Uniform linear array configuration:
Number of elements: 12
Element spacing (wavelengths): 0.5
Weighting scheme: hann
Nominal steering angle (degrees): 45
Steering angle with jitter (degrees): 43.173
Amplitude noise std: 0.05
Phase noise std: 0.05

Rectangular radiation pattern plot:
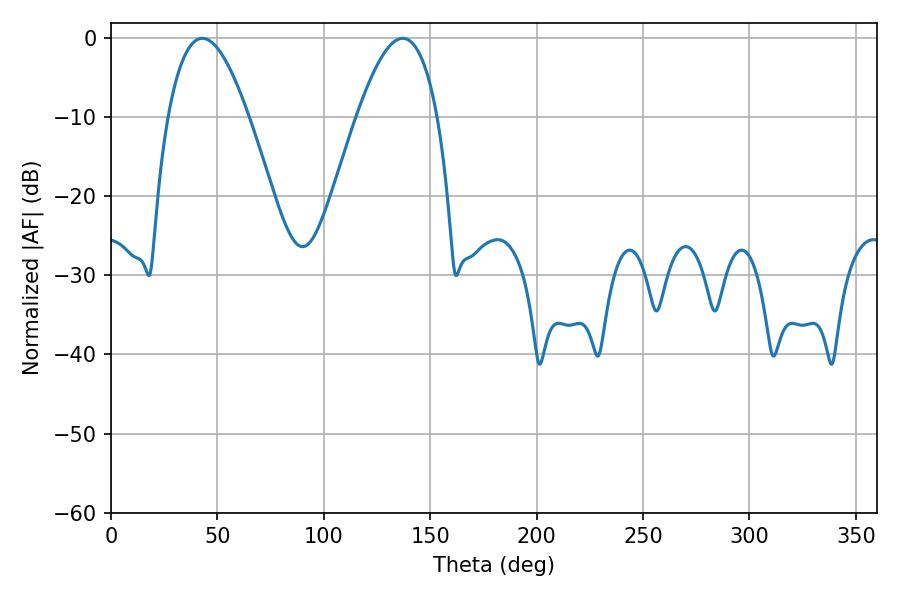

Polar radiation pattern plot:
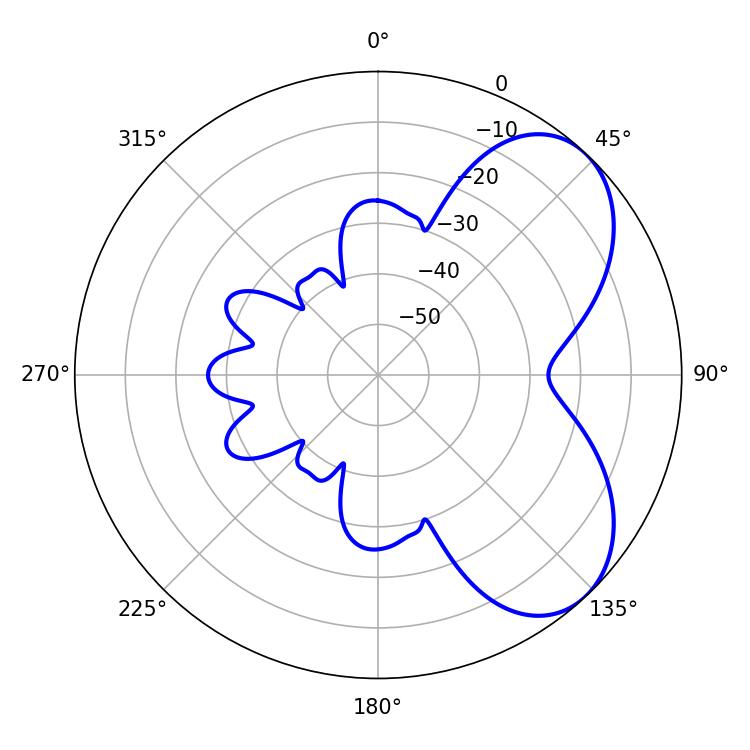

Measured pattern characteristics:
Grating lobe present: FALSE
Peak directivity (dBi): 5.679
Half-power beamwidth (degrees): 20.7
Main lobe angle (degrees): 43.02